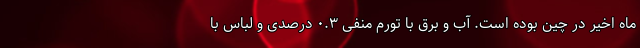
ماه اخیر در چین بوده است. آب و برق با تورم منفی ۰.۳ درصدی و لباس با